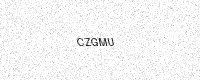
Text: CZGMU